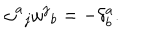
{ \omega ^ { a } } _ { j } { \omega ^ { j } } _ { b } = - \delta _ { b } ^ { a } .